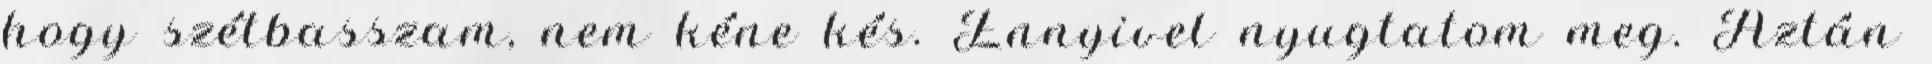
hogy szétbasszam, nem kéne kés. Ennyivel nyugtatom meg. Aztán